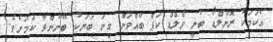
އެކަމަކު ރޮނާލްޑޯ ބުނީ ވޯލްޑް ކަޕް ބާއްވަން ގިނަ ބަޔަކު ބޭނުންވާ ކަމަށެވެ.